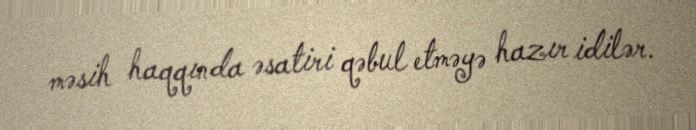
məsih haqqında əsatiri qəbul etməyə hazır idilər.